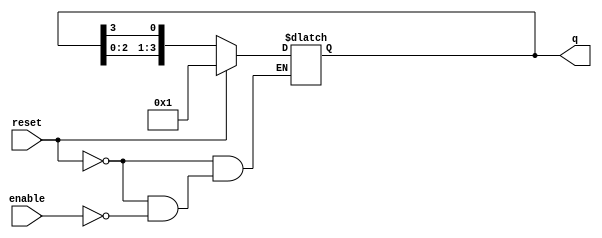
module async_ring_counter (
    input wire reset,       // Reset signal
    input wire enable,      // Enable signal to allow counting
    output reg [N-1:0] q    // Output state of the ring counter
);
    parameter N = 4;        // Number of flip-flops (states)

    // Initial state
    initial begin
        q = 4'b0001;        // Initialize the first flip-flop to high
    end

    // Asynchronous behavior
    always @(*) begin
        if (reset) begin
            q = 4'b0001;    // Reset to initial state
        end else if (enable) begin
            // Shift the high state to the next flip-flop
            q = {q[N-2:0], q[N-1]}; // Shift left and wrap around
        end
    end
endmodule